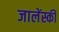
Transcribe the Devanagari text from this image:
जालेंस्की